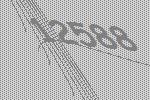
12588